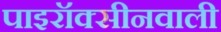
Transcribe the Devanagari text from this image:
पाइरॉक्सीनवाली